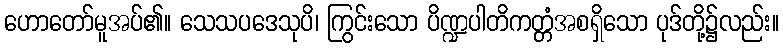
ဟောတော်မူအပ်၏။ သေသပဒေသုပိ၊ ကြွင်းသော ပိဏ္ဍပါတိကတ္တံအစရှိသော ပုဒ်တို့၌လည်း။